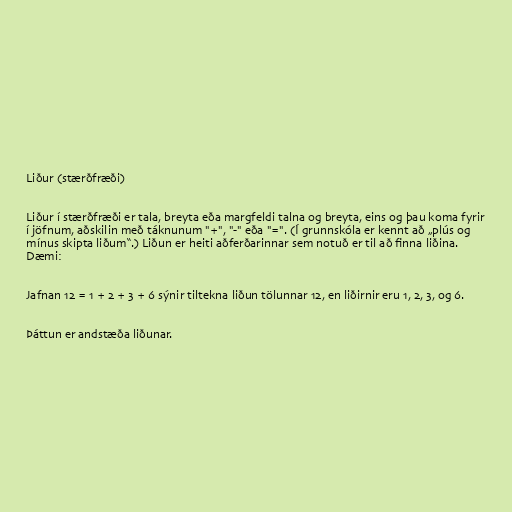
Liður (stærðfræði)

Liður í stærðfræði er tala, breyta eða margfeldi talna og breyta, eins og þau koma fyrir
í jöfnum, aðskilin með táknunum "+", "-" eða "=". (Í grunnskóla er kennt að „plús og
mínus skipta liðum“.) Liðun er heiti aðferðarinnar sem notuð er til að finna liðina.
Dæmi:

Jafnan 12 = 1 + 2 + 3 + 6 sýnir tiltekna liðun tölunnar 12, en liðirnir eru 1, 2, 3, og 6.

Þáttun er andstæða liðunar.